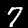
Label: 7